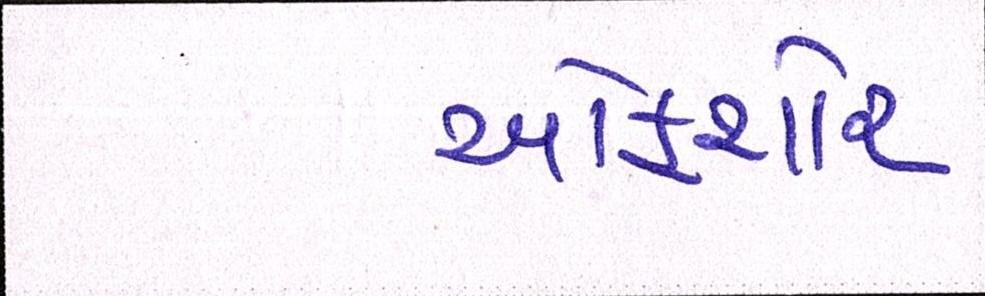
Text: ઓફશોર